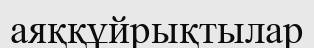
аяққұйрықтылар